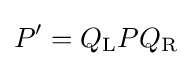
P'=Q_{\mathrm {L} }PQ_{\mathrm {R} }